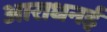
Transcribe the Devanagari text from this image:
आराधनई